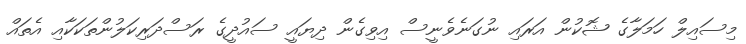
މިސައިލް ހަމަލާގެ ޝޮކުން އަރައި ނުގަނެވެނީސް އިވިގެން ދިޔައީ ސައުދީގެ ރަސްދަރިކަލުންތަކަކާއި އެތައް